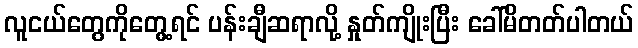
လူငယ်တွေကိုတွေ့ရင် ပန်းချီဆရာလို့ နှုတ်ကျိုးပြီး ခေါ်မိတတ်ပါတယ်